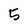
Character: 5